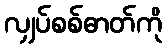
လျှပ်စစ်ဓာတ်ကို